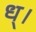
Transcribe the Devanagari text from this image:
ध्।